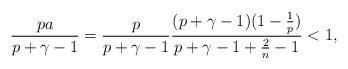
LaTeX: \begin{align*}\frac{pa}{p+\gamma-1}=\frac{p}{p+\gamma-1}\frac{(p+\gamma-1)(1-\frac{1}{p})}{p+\gamma-1+\frac{2}{n}-1}<1,\end{align*}